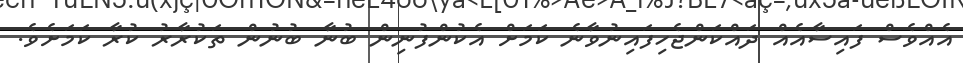
އެއްވެސް ފައިސާއެއް ދައްކަންޖެހިފައިނުވާނެ ކަމަށް އެކުންފުނިން ބުނާ ބުނުން ތަކުރާރު ކުރާ ކަމަށެވެ.